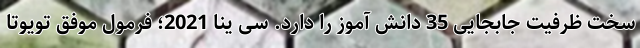
سخت ظرفیت جابجایی 35 دانش آموز را دارد. سی ینا 2021؛ فرمول موفق تویوتا